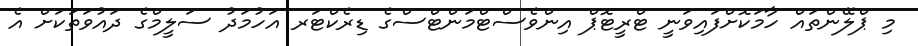
މި ޕްލޭންތައް ހާމަކޮށްފައިވަނީ ޓްރީޓޮޕް އިންވެސްޓްމަންޓްސްގެ ޑިރެކްޓަރ އަހުމަދު ސަލީމްގެ ދައުވަތަކަށް އެ